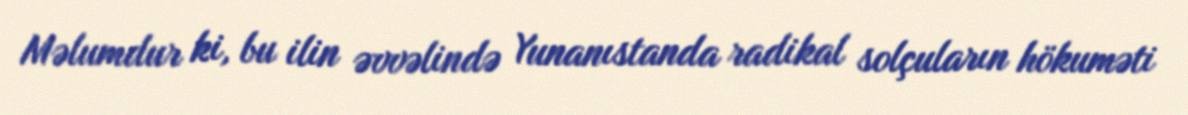
Məlumdur ki, bu ilin əvvəlində Yunanıstanda radikal solçuların hökuməti